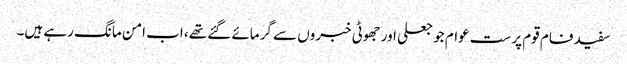
سفید فام قوم پرست عوام جو جعلی اور جھوٹی خبروں سے گرمائے گئے تھے، اب امن مانگ رہے ہیں۔